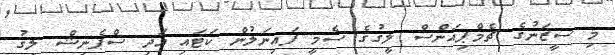
މި ސީޒަނުގެ ޗެމްޕިއަންސް ލީގުގެ ސެމީ ފައިނަލުން ކަޓައި އަދި ސްޕެނިޝް ލީގު